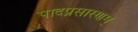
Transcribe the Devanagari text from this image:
पादप्रसारणम्